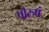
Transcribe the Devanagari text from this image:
पौरुषं